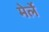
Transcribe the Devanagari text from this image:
मेर्ले